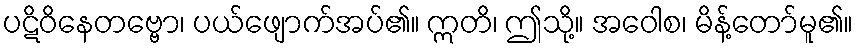
ပဋိဝိနေတဗ္ဗော၊ ပယ်ဖျောက်အပ်၏။ ဣတိ၊ ဤသို့။ အဝေါစ၊ မိန့်တော်မူ၏။